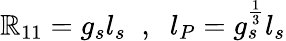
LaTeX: \mathbb{R}_{11}=g_{s}l_{s}\; \; ,\; \; l_{P}=g_{s}^{\frac{{1}}{{3}}}l_{s}